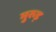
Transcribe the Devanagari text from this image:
मुरुड़